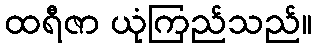
ထရီဇာ ယုံကြည်သည်။